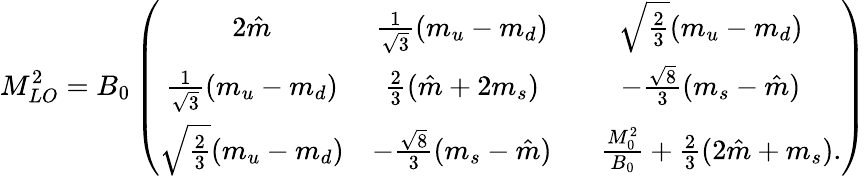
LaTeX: M_{LO}^{2}=B_{0}\left(\begin{array}{ccc}{{2\hat{m}}}&{{\frac{1}{\sqrt{3}}(m_{u}-m_{d})}}&{{\sqrt{\frac{2}{3}}(m_{u}-m_{d})}}\\ {{\frac{1}{\sqrt{3}}(m_{u}-m_{d})}}&{{\frac{2}{3}(\hat{m}+2m_{s})}}&{{-\frac{\sqrt{8}}{3}(m_{s}-\hat{m})}}\\ {{\sqrt{\frac{2}{3}}(m_{u}-m_{d})}}&{{-\frac{\sqrt{8}}{3}(m_{s}-\hat{m})}}&{{~~~\frac{M_{0}^{2}}{B_{0}}+\frac{2}{3}(2\hat{m}+m_{s}).}}\end{array}\right)